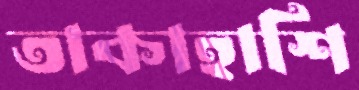
তাকাহাশি